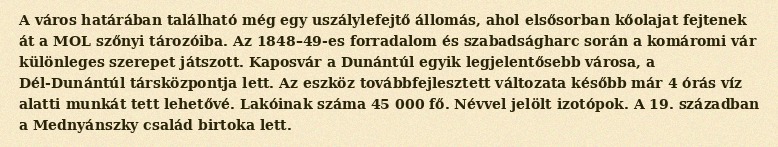
A város határában található még egy uszálylefejtő állomás, ahol elsősorban kőolajat fejtenek át a MOL szőnyi tározóiba. Az 1848–49-es forradalom és szabadságharc során a komáromi vár különleges szerepet játszott. Kaposvár a Dunántúl egyik legjelentősebb városa, a Dél-Dunántúl társközpontja lett. Az eszköz továbbfejlesztett változata később már 4 órás víz alatti munkát tett lehetővé. Lakóinak száma 45 000 fő. Névvel jelölt izotópok. A 19. században a Mednyánszky család birtoka lett.